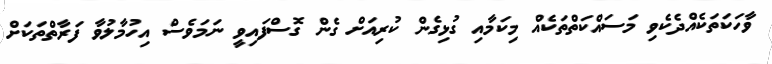
ވާހަކަތަކެއްދެކެވި މަސައްކަތްތަކެއް މިކަމާއި ގުޅިގެން ކުރިއަށް ގެން ގޮސްފައިވީ ނަމަވެސް އިހުމާލުވާ ފަރާތްތަކަށް